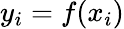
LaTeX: y_{i}=f(x_{i})